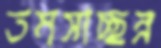
তমসাচ্ছন্ন